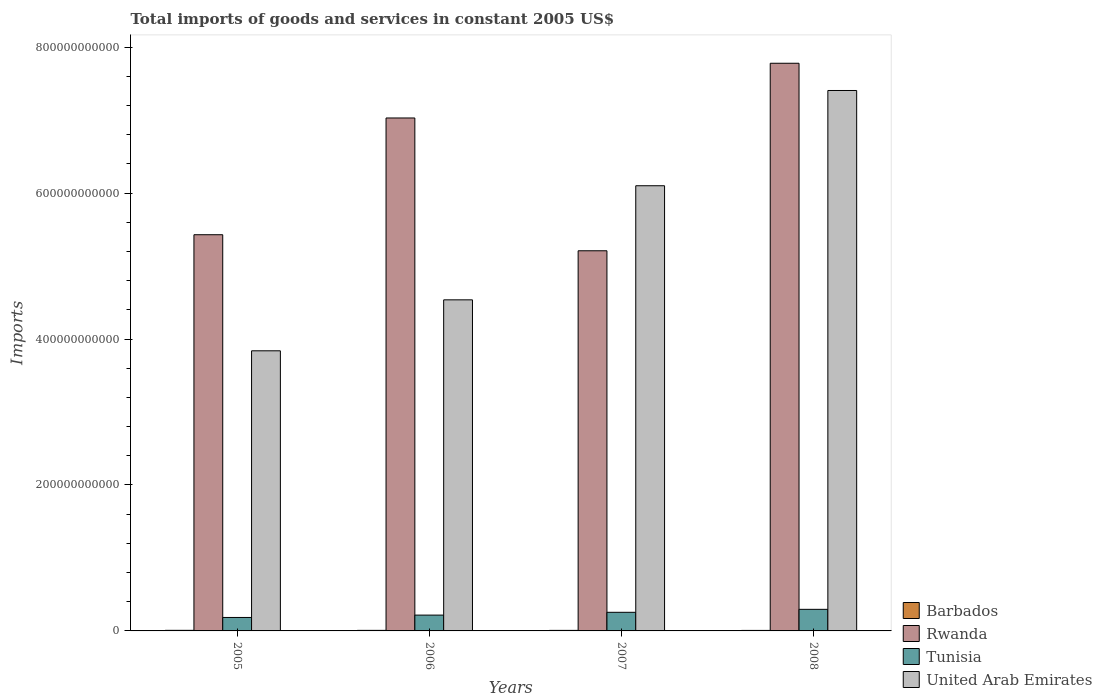
| Years | Barbados | Rwanda | Tunisia | United Arab Emirates |
 | --- | --- | --- | --- | --- |
 | 2005 | 7.94e+08 | 5.43e+11 | 1.84e+10 | 3.84e+11 |
 | 2006 | 7.66e+08 | 7.03e+11 | 2.17e+10 | 4.54e+11 |
 | 2007 | 7.32e+08 | 5.21e+11 | 2.55e+10 | 6.1e+11 |
 | 2008 | 6.89e+08 | 7.78e+11 | 2.96e+10 | 7.41e+11 |